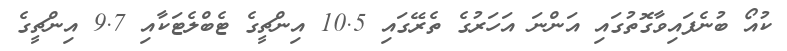
ކުއޯ ބުނެފައިވާގޮތުގައި އަންނަ އަހަރުގެ ތެރޭގައި 10.5 އިންޗީގެ ޓެބްލެޓަކާއި 9.7 އިންޗީގެ